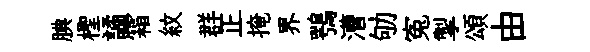
腆檉譎霜紋群正掩界鶚漕劬寃掣頌由